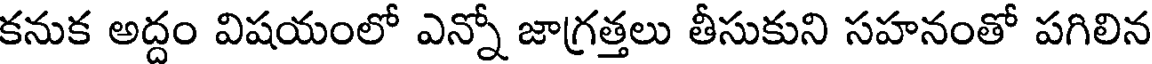
కనుక అద్దం విషయంలో ఎన్నో జాగ్రత్తలు తీసుకుని సహనంతో పగిలిన